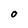
Character: 0